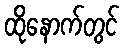
ထိုနောက်တွင်